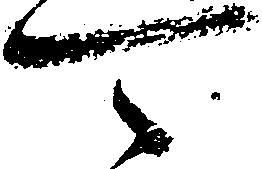
可